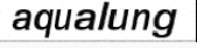
aqualung